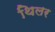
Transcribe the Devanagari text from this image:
थिलर